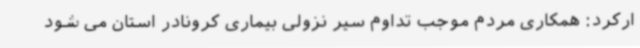
ارکرد: همکاری مردم موجب تداوم سیر نزولی بیماری کرونادر استان می شود